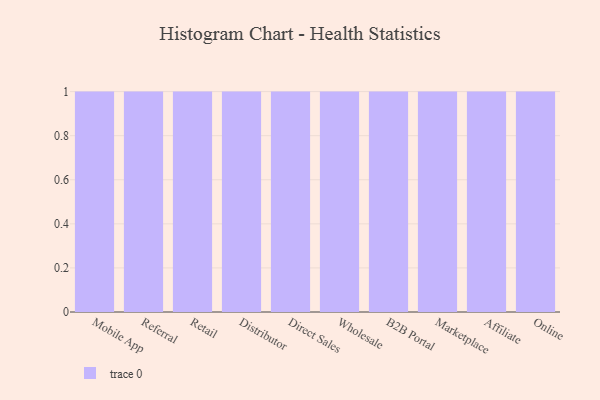
{"axis": {"x": "Channel", "y": "Active Users"}, "legend": [""], "data": [{"x": "Mobile App", "y": 31, "type": ""}, {"x": "Referral", "y": 40, "type": ""}, {"x": "Retail", "y": 10, "type": ""}, {"x": "Distributor", "y": 14, "type": ""}, {"x": "Direct Sales", "y": 12, "type": ""}, {"x": "Wholesale", "y": 61, "type": ""}, {"x": "B2B Portal", "y": 21, "type": ""}, {"x": "Marketplace", "y": 80, "type": ""}, {"x": "Affiliate", "y": 6, "type": ""}, {"x": "Online", "y": 42, "type": ""}]}